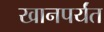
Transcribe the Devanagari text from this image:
खानपर्यंत